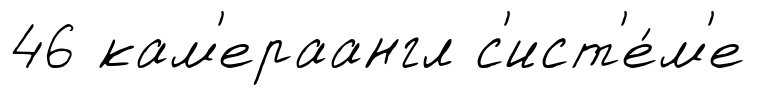
46 кам'ераангл с'ист'е́м'е